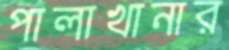
পালাখানার